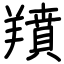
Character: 羵